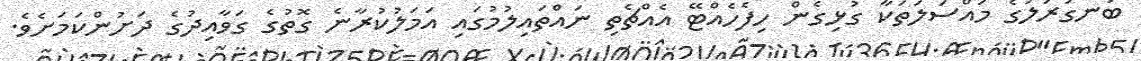
ބަނގުރަލުގެ މައްސަލަތަކާ ގުޅިގެން ހިފެހެއްޓޭ އެއްޗެތި ނައްތައިލުމުގައި އަމަލުކުރާނެ ގޮތުގެ ގަވާއިދުގެ ދަށުންކަމަށެވެ.